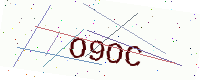
Text: O9OC